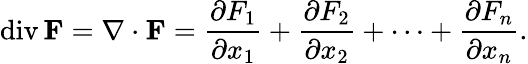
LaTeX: \operatorname{div}\mathbf{F}=\nabla\cdot\mathbf{F}={\frac{\partial F_{1}}{\partial x_{1}}}+{\frac{\partial F_{2}}{\partial x_{2}}}+\cdots+{\frac{\partial F_{n}}{\partial x_{n}}}.